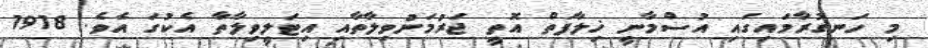
މި ހަނގުރާމައިގައި އުސްމާނީ ޚިލާފަތް އޮތީ ޖަރުމަނުވިލާތާއި އިޓަލީވިލާތާ އެކުގަ އެވެ. 1918